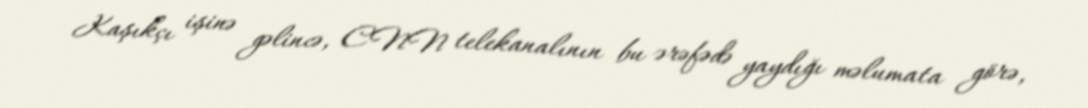
Kaşıkçı işinə gəlincə, CNN telekanalının bu ərəfədə yaydığı məlumata görə,